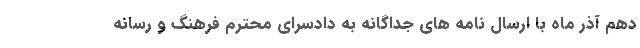
دهم آذر ماه با ارسال نامه های جداگانه به دادسرای محترم فرهنگ و رسانه